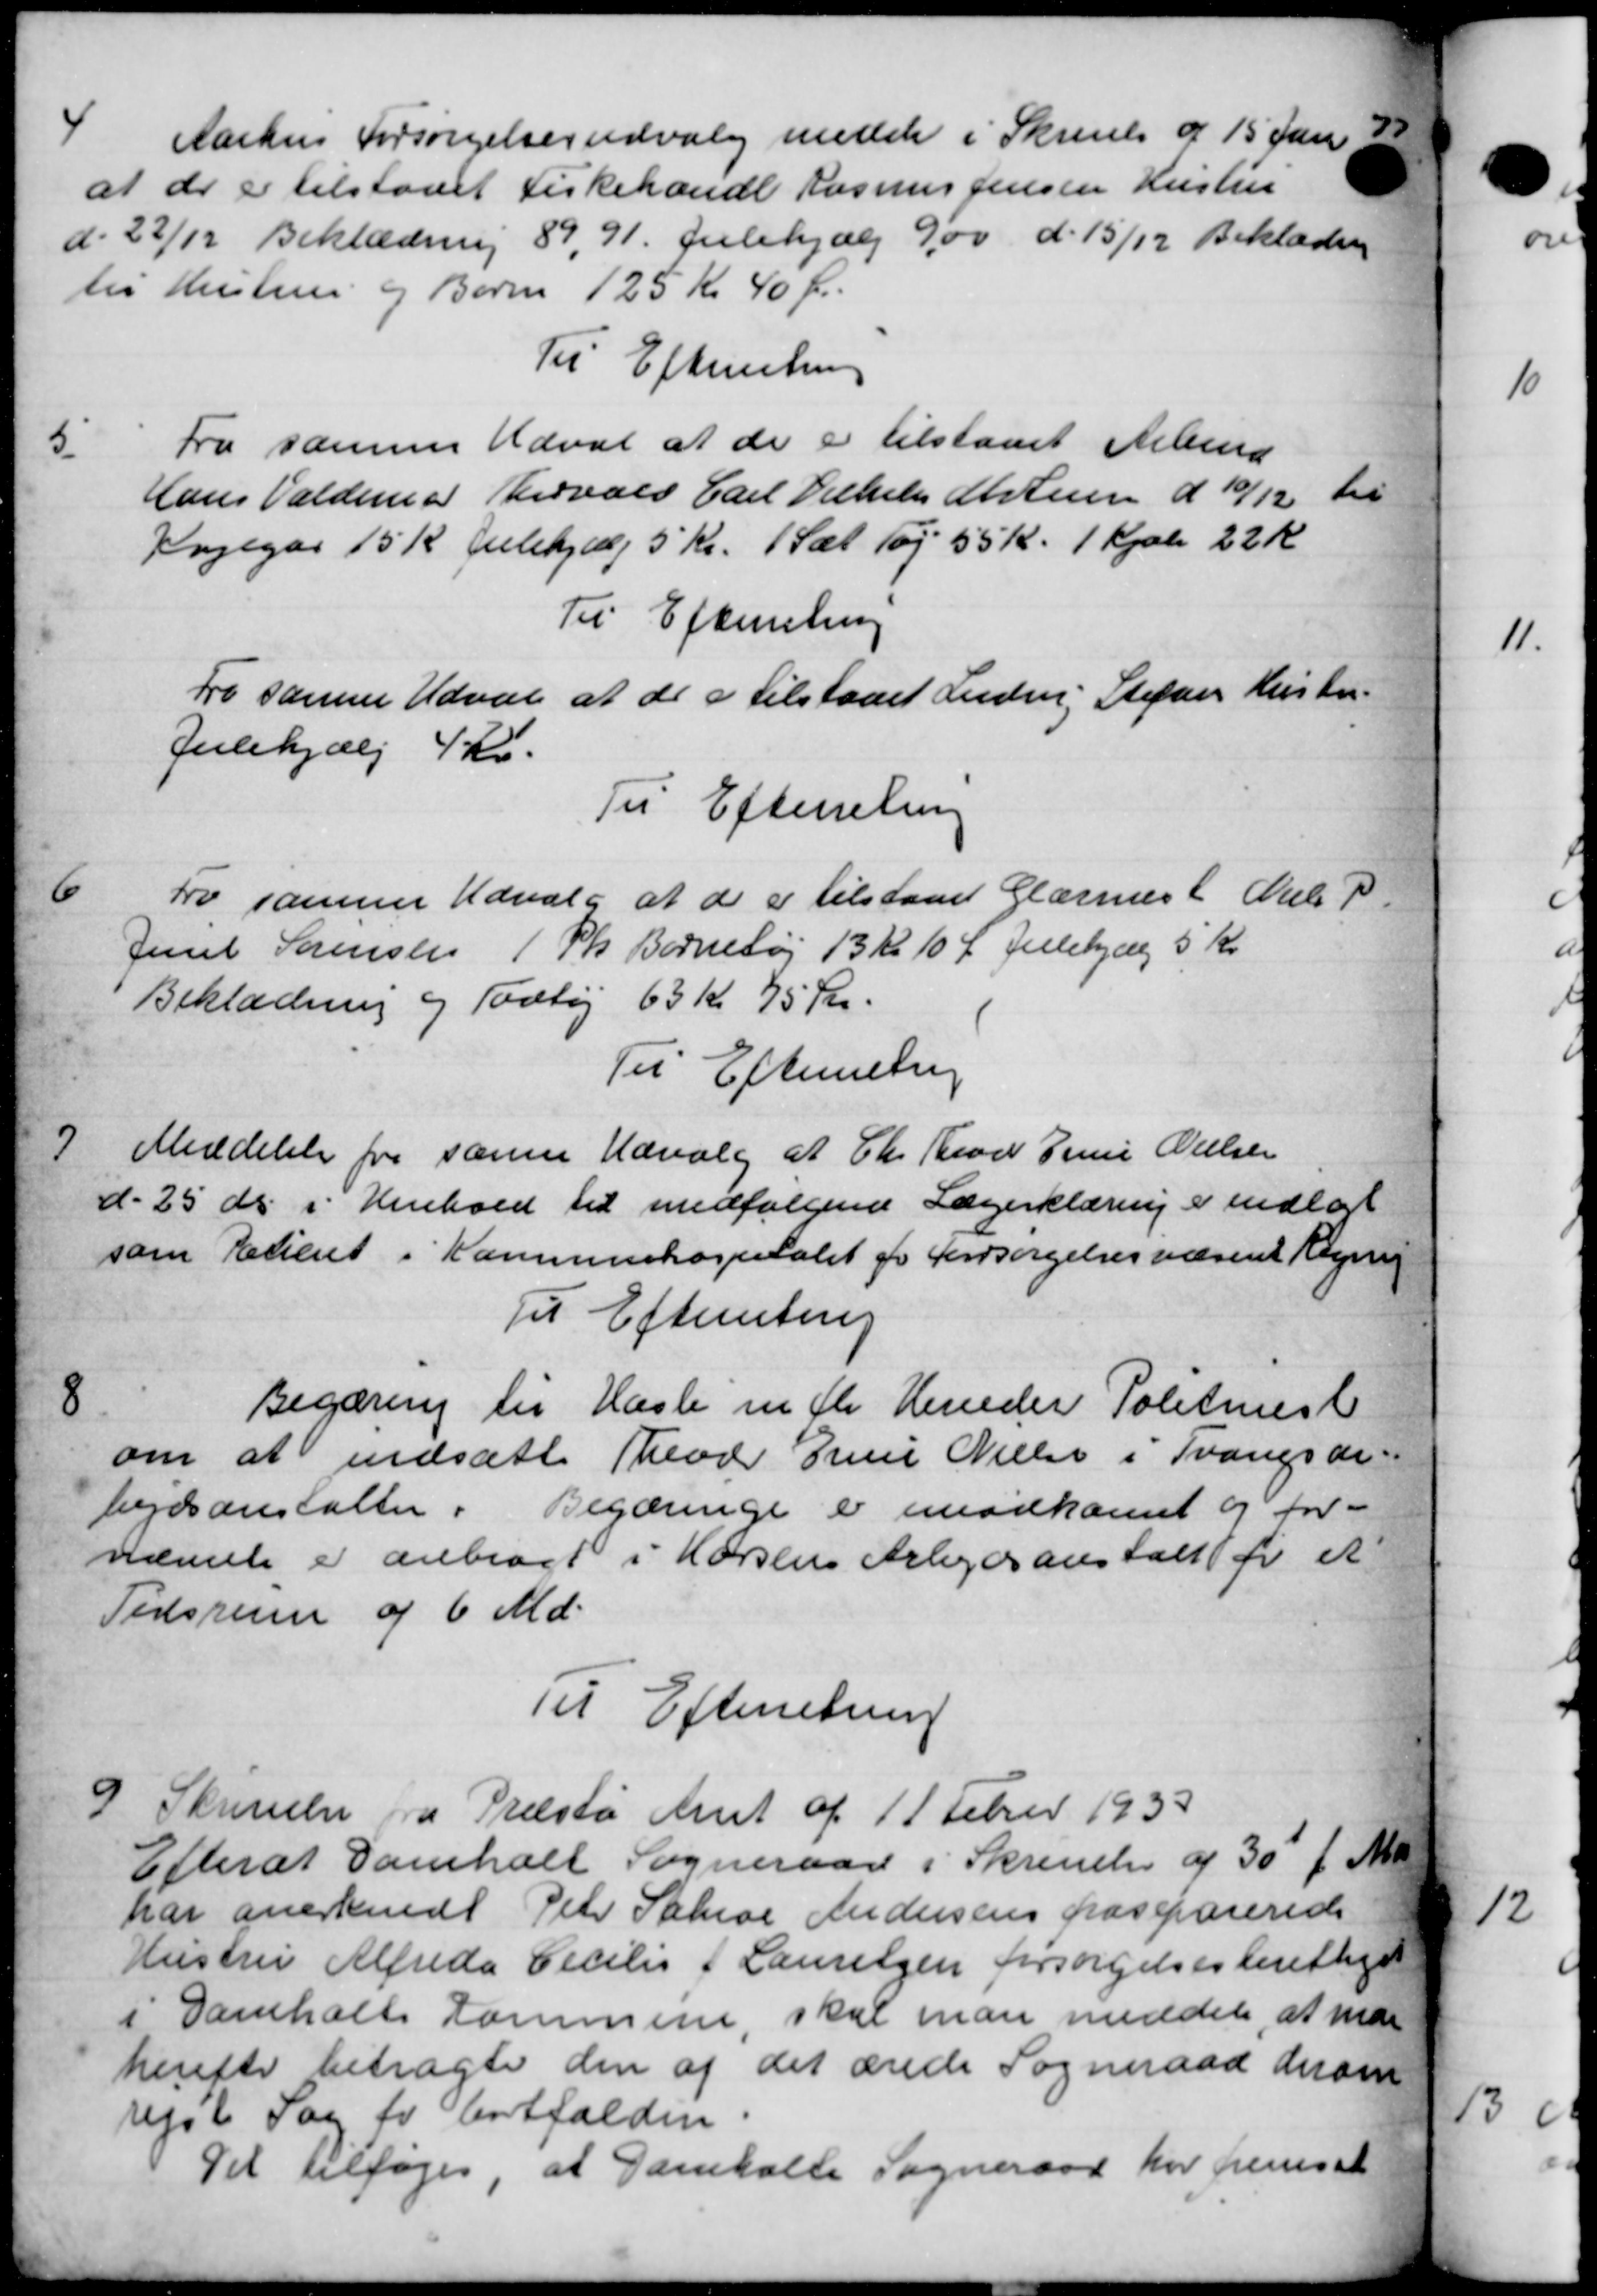
Transskription:
4
Aarhus Forsørgelsesudvalg medde i Skrivelse af 15 Jan
at der er tilstaaet Fiskehandl Rasmus Jensen Hustru
d. 22/12 Beklædning 89,91. Julehjælp 9,00 d. 15/12 Beklæder
til Kristrue og Børn 125 Kr. 40 Øre.
Til Efterretning
5
Fra samme Udvat at de er tilstaaet Arbmd
Hans Valdemar Torvald Carl Vilhelm Anstensen d 10/12 til
Kagegår 15 K Julehjælp 5 Kr. 1 Sæt Tøj 55 Kr. 1 Kjole 22 Kr.
Til Efterretning
Fra samme Udvalg at de a tilstaaet Inden, Stefan Kristen-
Julehjælp 4 Kr.
Til Efterretning
6
tro samme Udvalg at de er tilstaaet Glarmest Niels P
Juul Sørensen 1 Sk Børnehøj 13 Kr 10 Ø Julehjæl 5 Kr.
Beklædning og Todtøj 63 Kr. 75 Kr.
Til Efterretning
7
Meddelelse fra samme Udvalg af Chr. Brod Trini Nielsen
d. 25 ds i Henhold til medfølgende Lægerklæring er indlad
som Etieret i Kommunehospitalet pr Forsørgelsesvæsent Regning
Til Efterretning
8
Begæring til Hasle m fl Herreder Politimest
om at nedsætte Theodr Grun Nielse i Tvangsdi-
bejdsanstalter i Begæringe er imødkomst og for-
nævnte er anbragt i Horsens Arbejdsanstalt for et
Tidsrum af 6 Md.
Til Efterretning
9
Skrivelse fra Præstø Amt af 11 Febr 1933
Efter at Samholt Sogneraad i Skrivelse af 30 f. Md
har anerkendt Peter Sahiae Andersens paseparerede
Hustru Alfreda Cecilis 1 Lauringen forsørgelsesberettiget
i Damholts tommene, skal man meddele, at inde
herefter betragte den af det ærede Sogneraad derom
rejst Sag for Entfalden.
Det tilføjes, at Damballe Sogneraad har fremsat